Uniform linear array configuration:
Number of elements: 12
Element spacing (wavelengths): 0.25
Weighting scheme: hamming
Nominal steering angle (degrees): -15
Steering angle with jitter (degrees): -15.568
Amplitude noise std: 0.05
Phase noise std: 0.05

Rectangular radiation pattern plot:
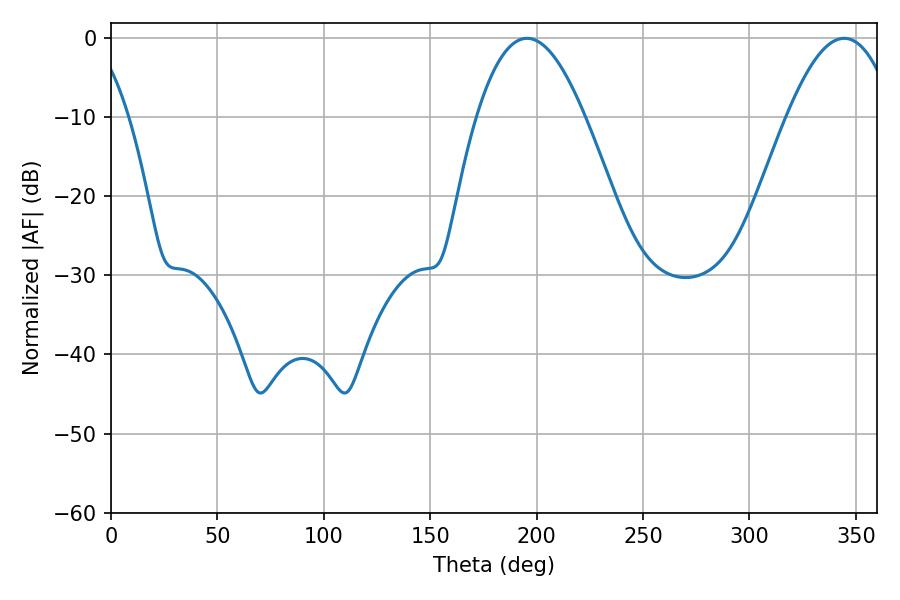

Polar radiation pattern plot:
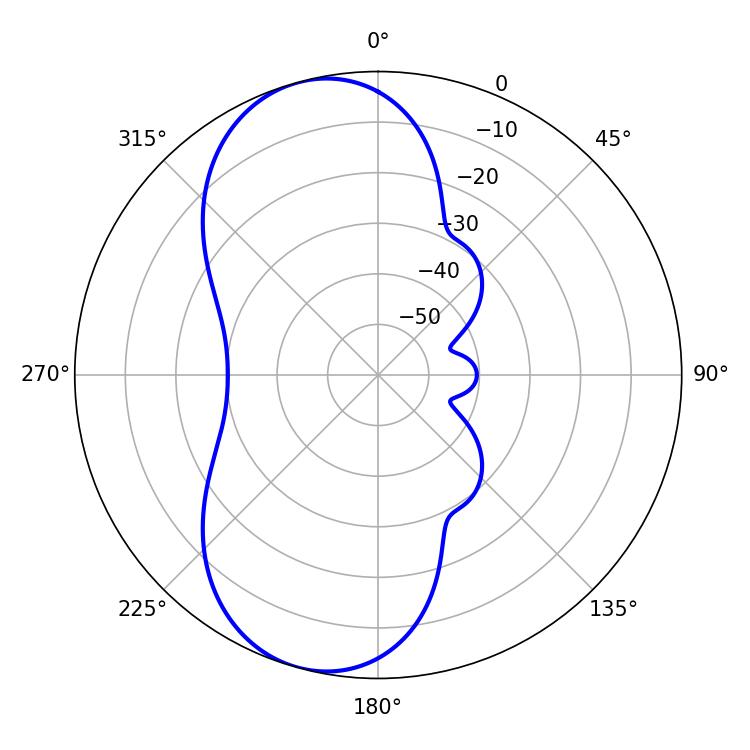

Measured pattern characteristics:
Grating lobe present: FALSE
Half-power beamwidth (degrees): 27.72
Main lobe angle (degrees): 195.48